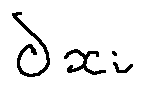
d _ { x _ { i } }